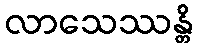
လာသေဿန္တိ